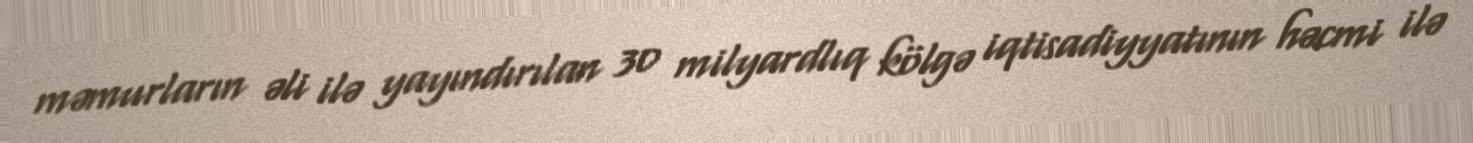
məmurların əli ilə yayındırılan 30 milyardlıq kölgə iqtisadiyyatının həcmi ilə